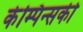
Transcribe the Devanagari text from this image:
केम्पिन्सकी